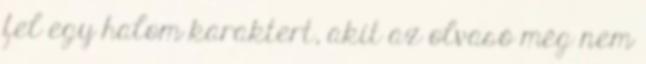
fel egy halom karaktert, akit az olvasó még nem